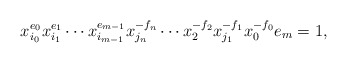
\begin{align*}x_{i_0}^{e_0}x_{i_1}^{e_1} \cdots x_{i_{m-1}}^{e_{m-1}}x_{j_n}^{-f_n} \cdots x_2^{-f_2}x_{j_1}^{-f_1}x_0^{-f_0} e_m =1,\end{align*}